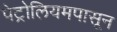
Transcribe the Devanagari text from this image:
पेट्रोलियमपासून